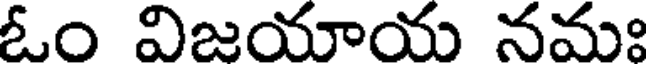
ఓం విజయాయ నమః